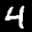
Label: 4